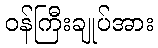
ဝန်ကြီးချုပ်အား